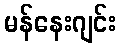
မန်နေးဂျင်း